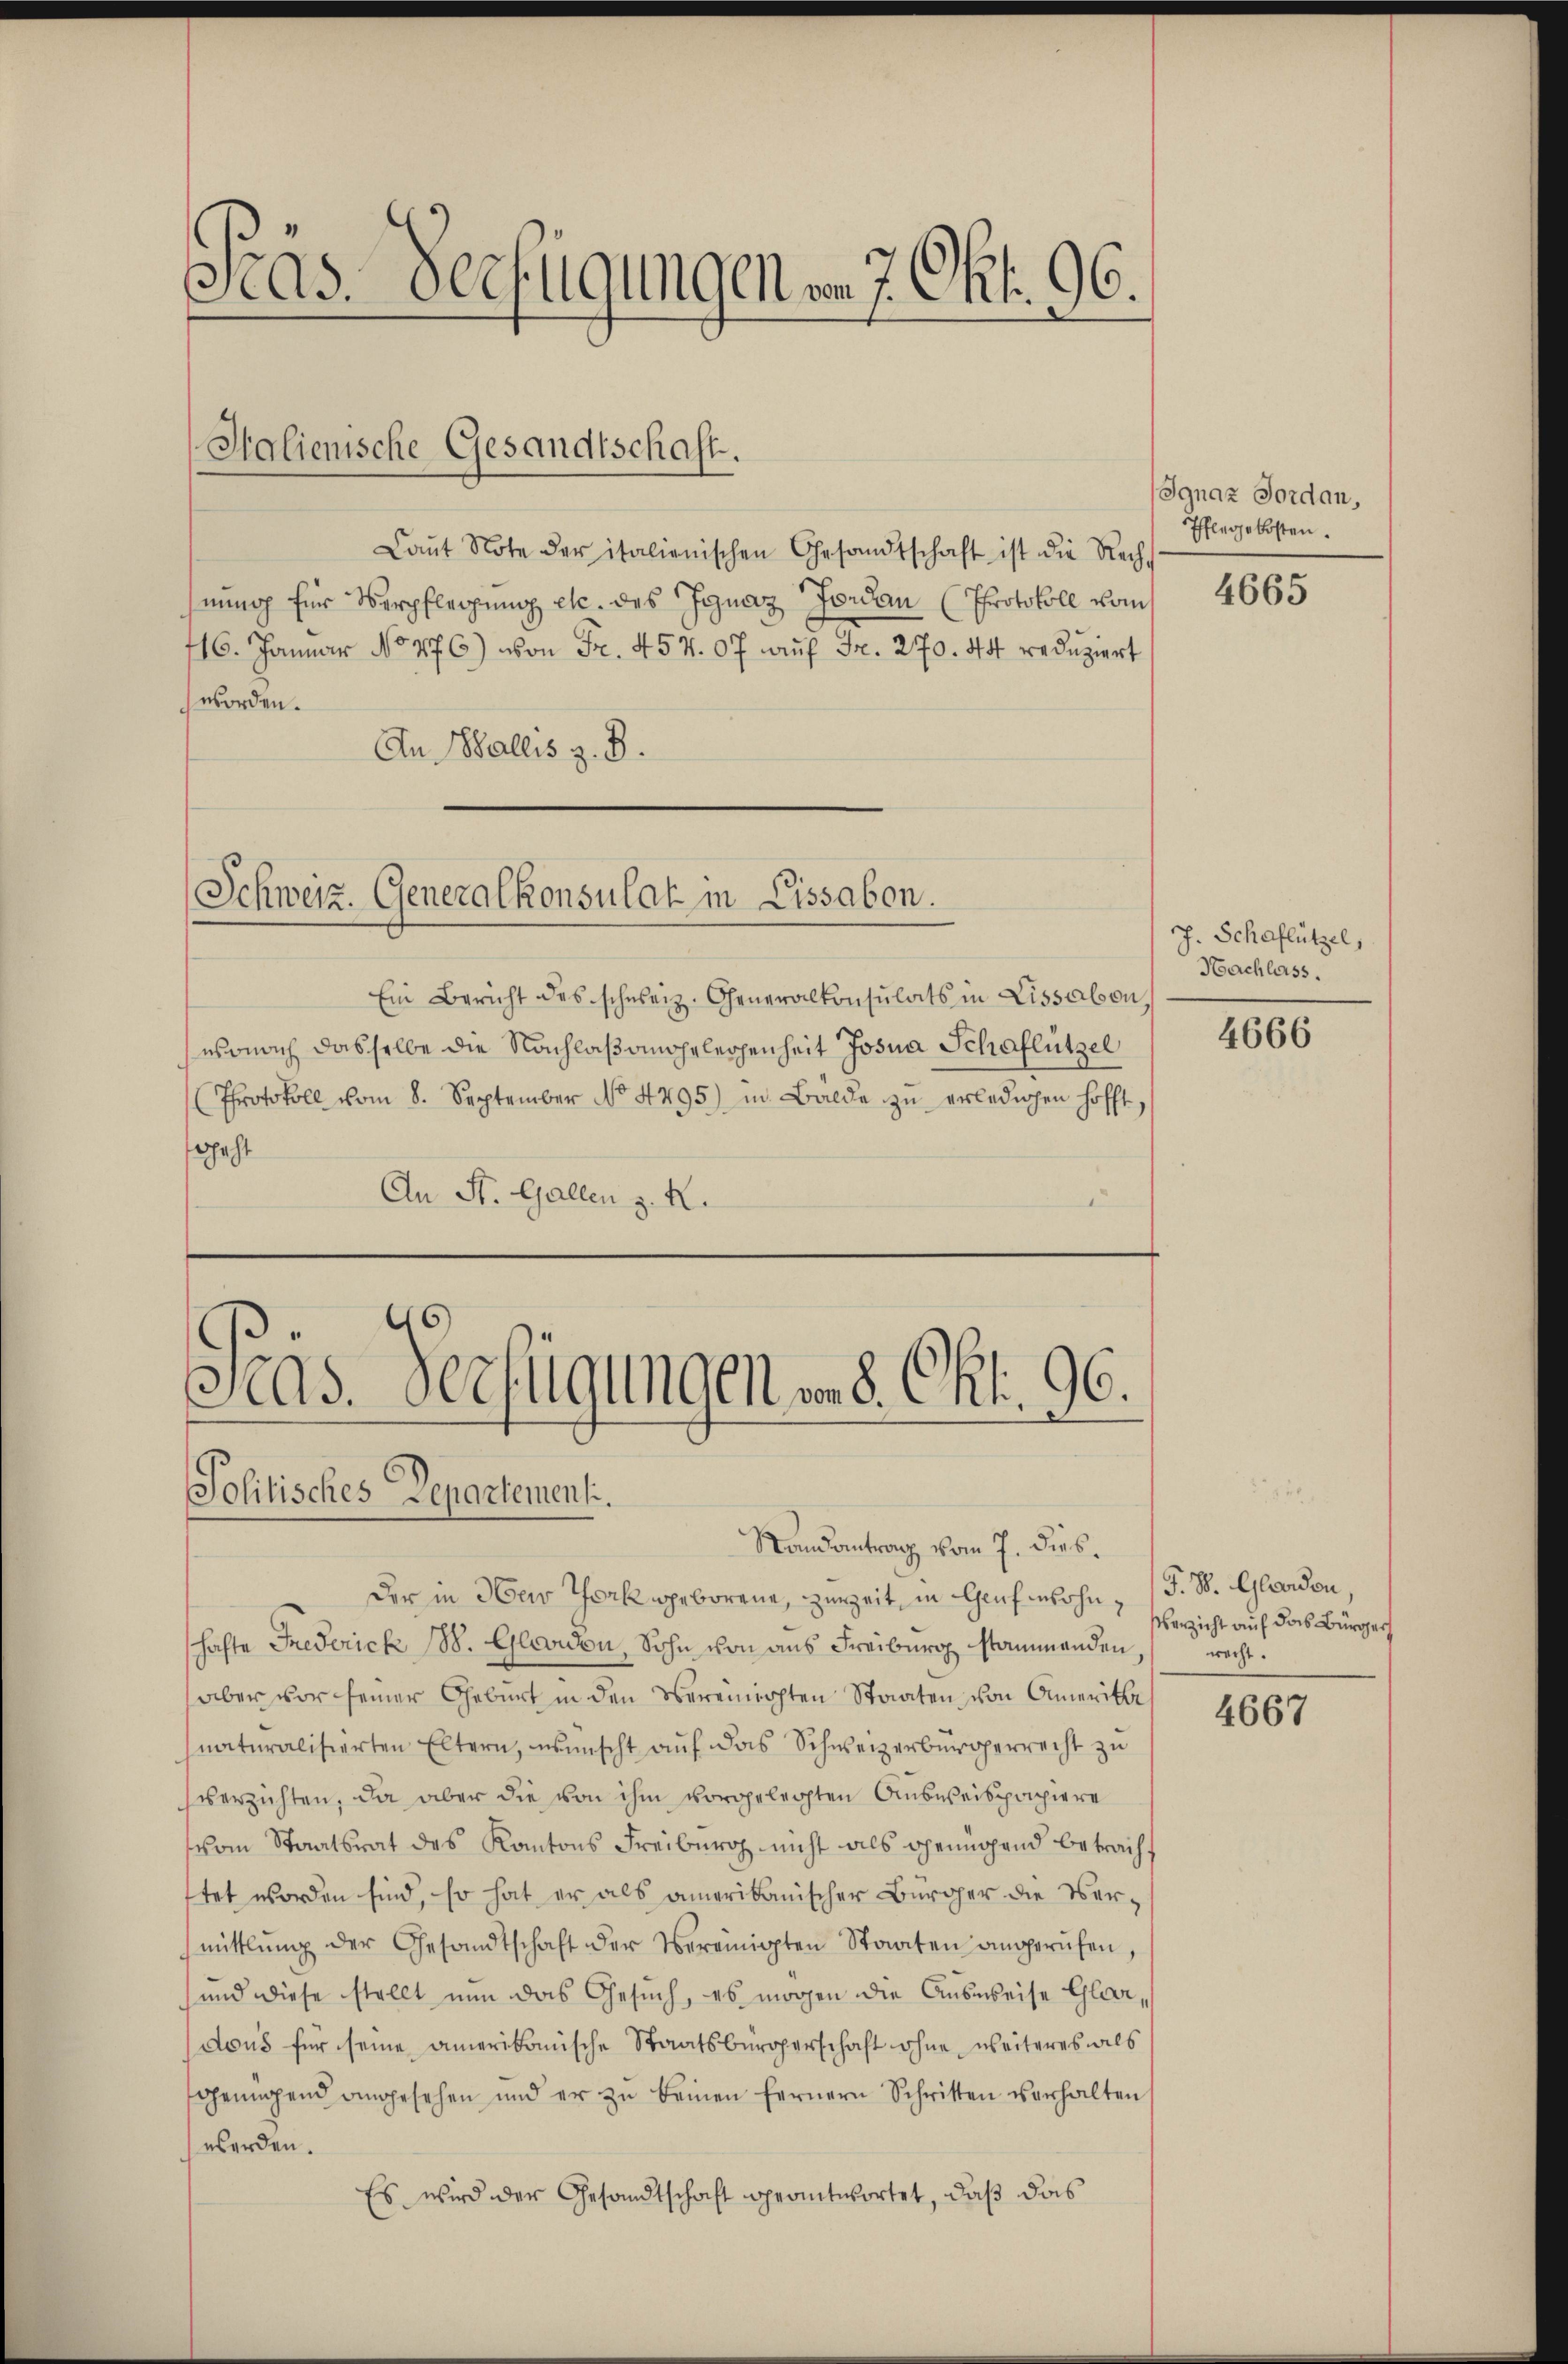
eas. 800. 1949 n 7. Okt. 96.

Halienische Gesandtschaft.

Laŭt Note der italienischen Gesandtschaft ist die Rechnnoch für Verpflegung etc. des Ignaz Jordan (Protokoll vom
716. Januar No 476) von Fr. 454. 07 aŭf Fr. 270. 44. reduziert
worden.
An Wallis z. B.

Schweiz. Generalkonsulat in Lissabon.

Gras Verfügungen v. 8. Okt. 96.
Solitisches Departementi.

Ignaz Forden,
Pflegekosten.
4665

Ein Bericht des schweiz. Generalkonsulats in Lissabon
wsonach dasselbe die Nachlaßangelegenheit Josia Schaflützel
(Protokoll vom 8. September No. 4495) in Balde zŭ erledigen hofft,
geht
An St. Gallen z. R.

Randantrag vom 7. dies.
Der in Herr Thork geborene, zurZeit, in Genf wohn (T. S. Gladon
hafte Frederich 18. Glevidon, Sohn von aus Freiburg stammenden
aber vor seiner Geburt in den Vereinichten Staaten von Amerit
naturalisierten Eltern, wünscht aŭf das Schweizerbürgerrecht zu
verzichten, da aber die von ihm vorgelegten Ausweispapiere
vom Staatsrat des Kantons Freiburg nicht als genügend Betrachftet worden sind, so hat er als amerikanischer Bürger die Vermittlung der Gesandtschaft der Vereinigten Staaten angerufen,
und diese stellt nun das Gesuch, es mögen die Ausweise Glarusdous für seine amerikanische Staatsbürgerschaft ohne weiteres als
genügend angesehen und er zŭ beinen fernern Schritten verhalten
werden.
Es wird der Gesandtschaft beantwortet, daß das

J. Schaflützel,
Nachlass.

4666

Verzicht auf das Bürger
recht.

4667